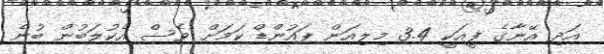
އަދި އޭނާގެ ފީއަކީ 3.4 މިލިއަން ޕައުންޑް ކަމަށް ވެސް އެކުލަބުން ބުނެ